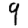
Digit: 9